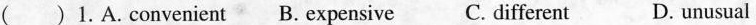
() 1.A.convenient B. Expensive C. different D.unusual